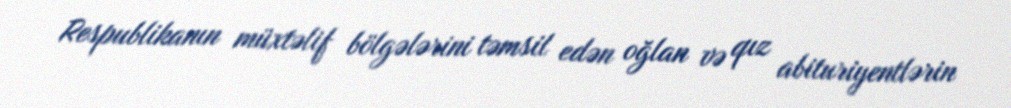
Respublikanın müxtəlif bölgələrini təmsil edən oğlan və qız abituriyentlərin